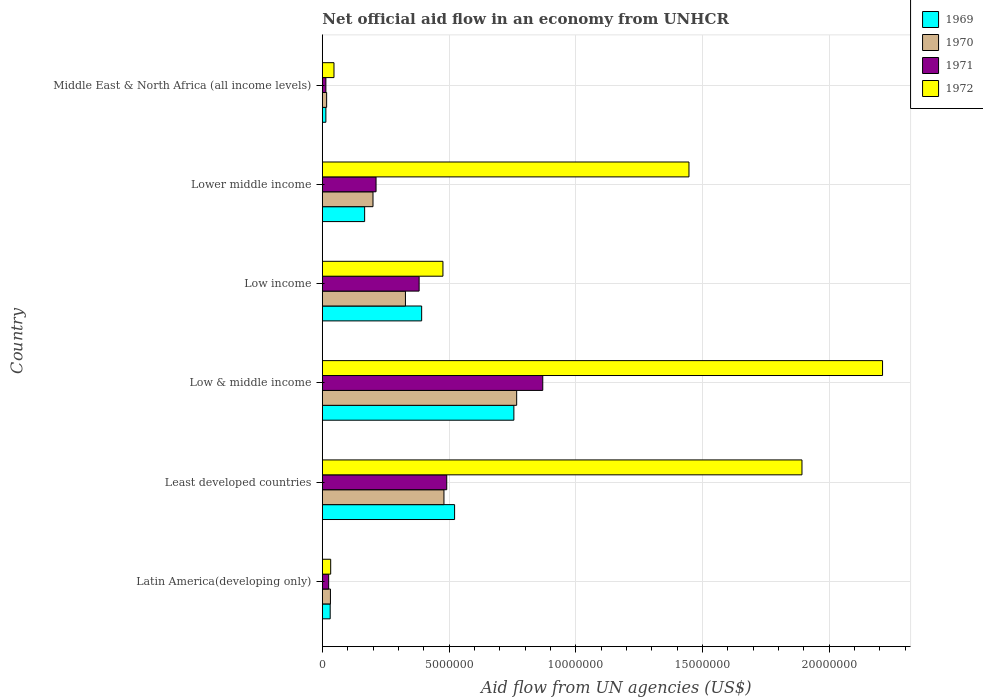
| Country | 1969 | 1970 | 1971 | 1972 |
 | --- | --- | --- | --- | --- |
 | Latin America(developing only) | 3.1e+05 | 3.2e+05 | 2.5e+05 | 3.3e+05 |
 | Least developed countries | 5.22e+06 | 4.8e+06 | 4.91e+06 | 1.89e+07 |
 | Low & middle income | 7.56e+06 | 7.67e+06 | 8.7e+06 | 2.21e+07 |
 | Low income | 3.92e+06 | 3.28e+06 | 3.82e+06 | 4.76e+06 |
 | Lower middle income | 1.67e+06 | 2e+06 | 2.12e+06 | 1.45e+07 |
 | Middle East & North Africa (all income levels) | 1.4e+05 | 1.7e+05 | 1.4e+05 | 4.6e+05 |